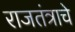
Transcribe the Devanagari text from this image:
राजतंत्राचे